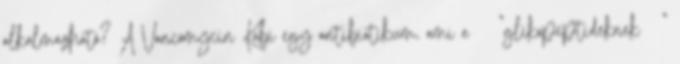
alkalmazható? A Vancomycin Kabi egy antibiotikum, ami a "glikopeptideknek "